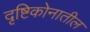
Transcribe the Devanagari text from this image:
दृष्टिकोनातील